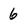
Character: 6